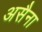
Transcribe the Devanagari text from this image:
असैना